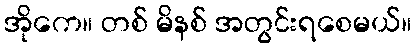
အိုကေ။ တစ် မိနစ် အတွင်းရစေမယ်။